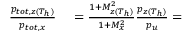
\begin{array} { r l } { \frac { p _ { t o t , z ( T _ { h } ) } } { p _ { t o t , x } } } & { { } = \frac { 1 + M _ { z ( T _ { h } ) } ^ { 2 } } { 1 + M _ { x } ^ { 2 } } \frac { p _ { z ( T _ { h } ) } } { p _ { u } } = } \end{array}